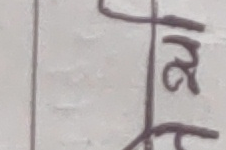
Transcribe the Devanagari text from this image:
२८